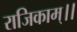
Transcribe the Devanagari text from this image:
राजिकाम्।।